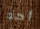
أحد